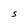
Character: S